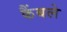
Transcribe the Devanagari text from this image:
कैंबले